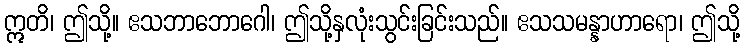
ဣတိ၊ ဤသို့။ ဧသဘာဘောဂေါ၊ ဤသို့နှလုံးသွင်းခြင်းသည်။ ဧသသမန္နာဟာရော၊ ဤသို့